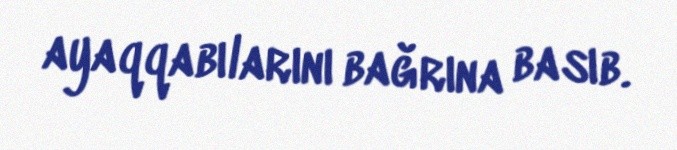
ayaqqabılarını bağrına basıb.